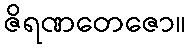
ဇိရဏတေဇော။